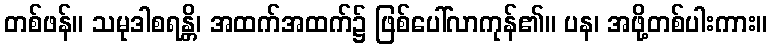
တစ်ဖန်။ သမုဒါစရန္တိ၊ အထက်အထက်၌ ဖြစ်ပေါ်လာကုန်၏။ ပန၊ အဖို့တစ်ပါးကား။